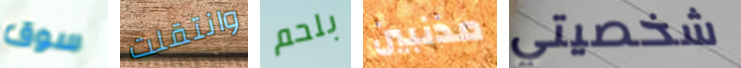
سوق وانتقلت بلحم مذنبين شخصيتي